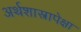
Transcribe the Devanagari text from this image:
अर्थशास्त्रापेक्षा